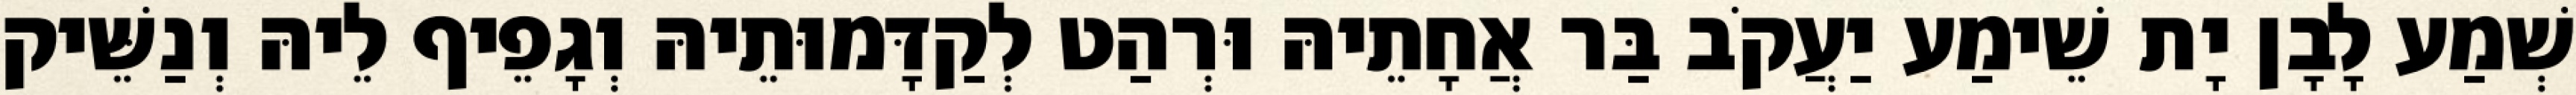
שְׁמַע לָבָן יָת שֵׁימַע יַעֲקֹב בַּר אֲחָתֵיהּ וּרְהַט לְקַדָּמוּתֵיהּ וְגָפֵיף לֵיהּ וְנַשֵּׁיק